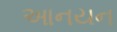
આનયન